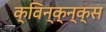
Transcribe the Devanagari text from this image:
क्विन्क्न्क्स